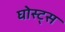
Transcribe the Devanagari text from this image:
घोस्ट्‌स